Leucocytozoon canis - Number 26
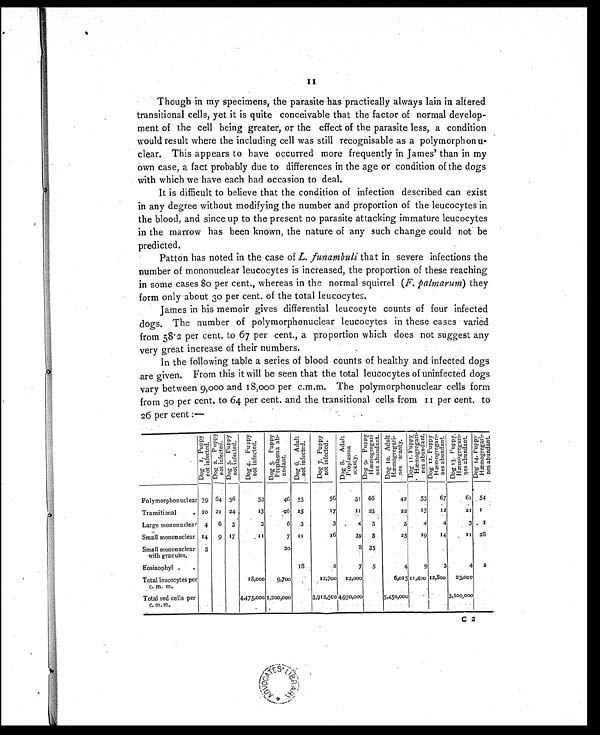
Though in my specimens, the parasite has practically always lain in altered
transitional cells, yet it is quite conceivable that the factor of normal develop-
ment of the cell being greater, or the effect of the parasite less, a condition
would result where the including cell was still recognisable as a polymorphon
u -
clear. This appears to have occurred more frequently in James' than in my
own case, a fact probably due to differences in the age or condition of the dogs
with which we have each had occasion to deal.
It is difficult to believe that the condition of infection described can exist
in any degree without modifying the number and proportion of the leucocytes in
the blood, and since up to the present no parasite attacking immature leucocytes
in the marrow has been known, the nature of any such change could not be
predicted.
Patton has noted in the case of L. funambuli that in severe infections the
number of mononuclear leucocytes is increased, the proportion of these reaching
in some cases 80 per cent., whereas in the normal squirrel (F. palmarum) they
form only about 30 per cent. of the total leucocytes.
James in his memoir gives differential leucocyte counts of four infected
dogs. The number of polymorphonuclear leucocytes in these cases varied
from 58.2 per cent, to 67 per cent., a proportion which does not suggest any
very great increase of their numbers.
In the following table a series of blood counts of healthy and infected dogs
are given. From this it will be seen that the total leucocytes of uninfected dogs
vary between 9,000 and 18,000 per c.m.m. The polymorphonuclear cells form
from 30 per cent. to 64 per cent. and the transitional cells from a 11 per cent, to
26 per cent :—
D o g I . P u p p y
n o t i n f e c t e d .
Dog 2. Puppy
not infected.
D o g 3 . P u p p y
n o t i n f e c t e d .
Do g 4 . P u p p y
not i nf ect ed.
D o g 5 . P u p p y
P r o p l a s m a a b -
unda nt .
D o g 6 . A d u l t n o t i n f e c t e d .
Do g 7 . P u p p y
n o t i n f e c t e d .
D o g 8 . A d u l t P r o p l a s m a
Scant y.
Dog 9. Puppy.
Hæmogr e ga r i
ne s a bunda nt .
Dog 10. Adul t
Hæmogregari nes scanty.
Dog 11. Puppy
Hæmogregari nes abundant..
Dog 12. Puppy
Hæmogregari nes abundant.
Dog 13. Puppy
Hæmogregari nes abundant.
Dog 14. Puppy
Hæmogregari nes abundant.
Polymorphonuclear 59 64 56
53
46 53
56
31 66
42
53
67
61 54
Transitional
. 20 21 24
15
26
15
57
1 1 23
22
15
12
21
1
Large mononuclear 4
6
3
3
6
3
3
4
3
3
4
4
3 1
Small mononuclear 14
9 17
1 1
7 11
16
39
5
25
19
14
11 28
Small mononuclear
w ith granules,
3
20
8
35
Eosinophyl .
.
1 8
2
7
5
4
9
3
4
2
Total leucocytes per
c. m. m.
18,000
9,700
12,700
12,000
6,015 11,400 12,800
23,00
Total red cells per
c. m. m.
4,475,000 1,200,00 0
3,912,500 4,950,000
5,450,000
3,100,000
C 2